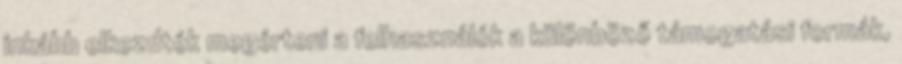
inkább elkezdték megérteni a felhasználók a különböző támogatási formák,